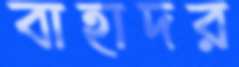
বাহাদর